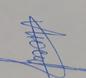
Signature authenticity: genuine